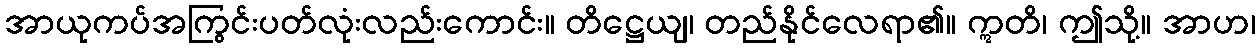
အာယုကပ်အကြွင်းပတ်လုံးလည်းကောင်း။ တိဋ္ဌေယျ၊ တည်နိုင်လေရာ၏။ ဣတိ၊ ဤသို့။ အာဟ၊